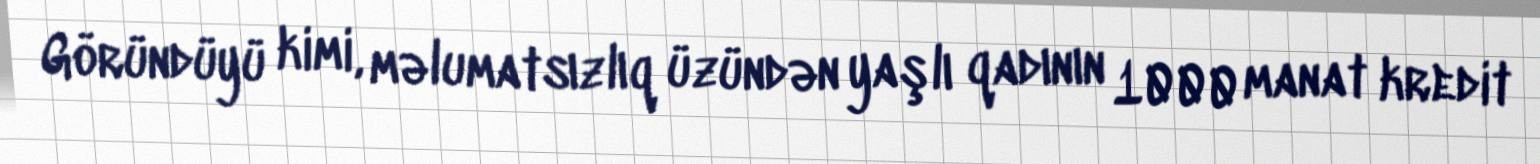
Göründüyü kimi, məlumatsızlıq üzündən yaşlı qadının 1000 manat kredit